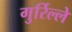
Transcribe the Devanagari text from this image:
गुर्रिल्ले